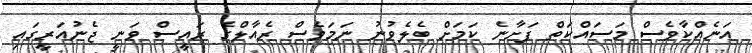
އަނެއްކާވެސް މަސައްކަތް ފަށާނެ ކަމަށް ބެލެވުނު ނަމަވެސް ރެއާލްގެ ރައީސް ވަނީ ޖެނުއަރީގައި